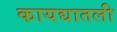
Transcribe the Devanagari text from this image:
कायद्यातली